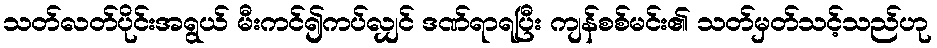
သတ်လတ်ပိုင်းအရွယ် မီးကင်၍ကပ်လျှင် ဒဏ်ရာရပြီး ကျန်စစ်မင်း၏ သတ်မှတ်သင့်သည်ဟု